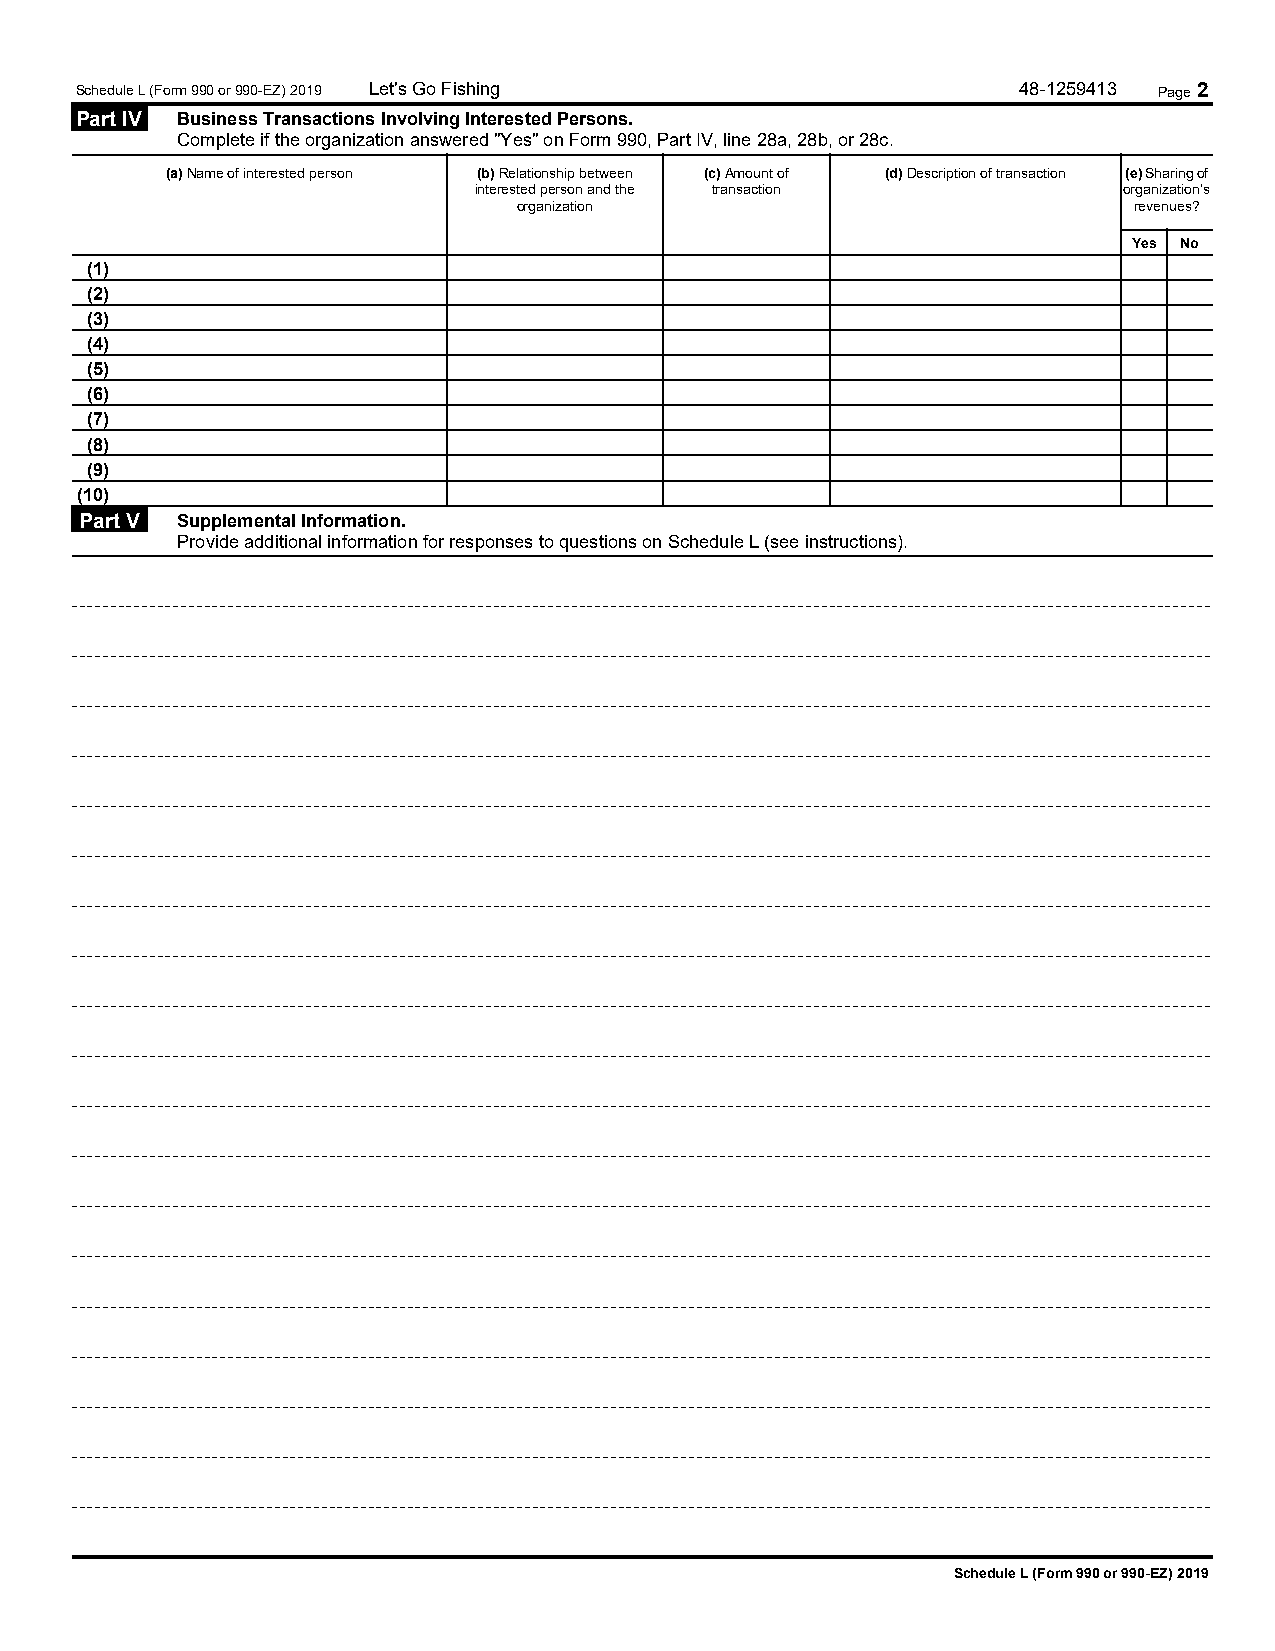
Schedule L (Form 990 or 990-EZ) 2019 Let's Go Fishing         48-1259413 Page 2
 Part IV Business Transactions Involving Interested Persons.
 Complete if the organization answered "Yes" on Form 990, Part IV, line 28a, 28b, or 28c.
 (a) Name of interested person (b) Relationship between (c) Amount of (d) Description of transaction (e) Sharing of
 interested person and the transaction      organization's
 organization                             revenues?
 Yes No
 (1)
 (2)
 (3)
 (4)
 (5)
 (6)
 (7)
 (8)
 (9)
 (10)
 Part V Supplemental Information.
 Provide additional information for responses to questions on Schedule L (see instructions).
 Schedule L (Form 990 or 990-EZ) 2019